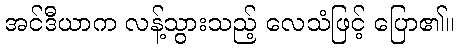
အင်ဒီယာက လန့်သွားသည့် လေသံဖြင့် ပြော၏။